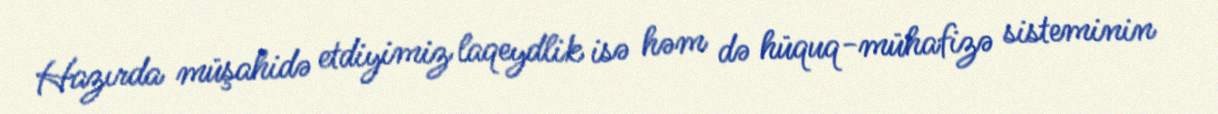
Hazırda müşahidə etdiyimiz laqeydlik isə həm də hüquq-mühafizə sisteminin